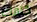
كلفك